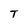
Character: T